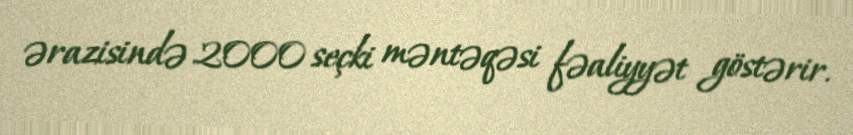
ərazisində 2000 seçki məntəqəsi fəaliyyət göstərir.